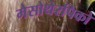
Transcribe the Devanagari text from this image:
मेसोथेरपिको